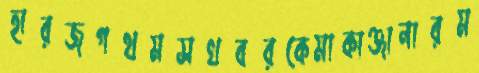
হারজগথমসখবরকেমাকাঞ্জানারম